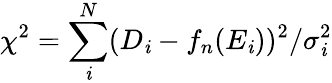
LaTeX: \chi^{2}=\sum_{\mathit{i}}^{N}(D_{\mathit{i}}-f_{n}(E_{\mathit{i}}))^{2}/\sigma_{\mathit{i}}^{2}